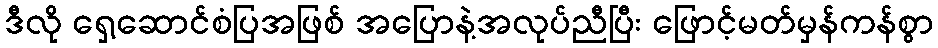
ဒီလို ရှေ့ဆောင်စံပြအဖြစ် အပြောနဲ့အလုပ်ညီပြီး ဖြောင့်မတ်မှန်ကန်စွာ